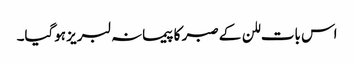
اس بات للن کے صبر کا پیمانہ لبریز ہوگیا۔